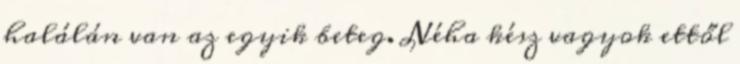
halálán van az egyik beteg. Néha kész vagyok ettől